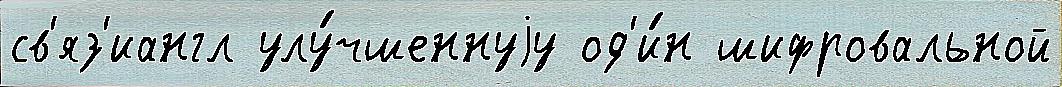
св'яз'иангл улу́чшеннуjу од'и́н шифровальной